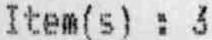
ITEM(S) : 3